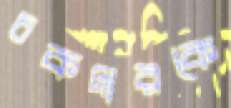
চকদারকে